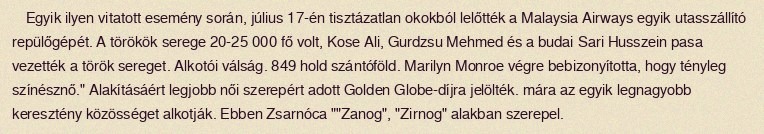
Egyik ilyen vitatott esemény során, július 17-én tisztázatlan okokból lelőtték a Malaysia Airways egyik utasszállító repülőgépét. A törökök serege 20-25 000 fő volt, Kose Ali, Gurdzsu Mehmed és a budai Sari Husszein pasa vezették a török sereget. Alkotói válság. 849 hold szántóföld. Marilyn Monroe végre bebizonyította, hogy tényleg színésznő." Alakításáért legjobb női szerepért adott Golden Globe-díjra jelölték. mára az egyik legnagyobb keresztény közösséget alkotják. Ebben Zsarnóca ""Zanog", "Zirnog" alakban szerepel.